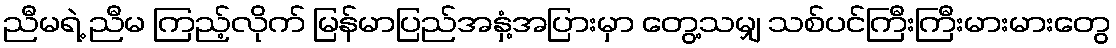
ညီမရဲ့ ညီမ ကြည့်လိုက် မြန်မာပြည်အနှံ့အပြားမှာ တွေ့သမျှ သစ်ပင်ကြီးကြီးမားမားတွေ